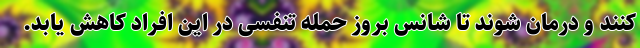
کنند و درمان شوند تا شانس بروز حمله تنفسی در این افراد کاهش یابد.